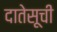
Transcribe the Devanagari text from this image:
दातेसूची